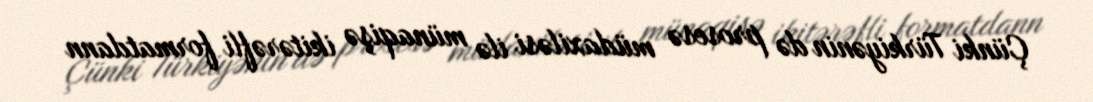
Çünki Türkiyənin də prosesə müdaxiləsi ilə münaqişə ikitərəfli formatdann